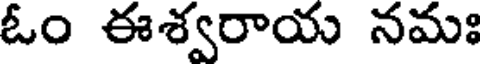
ఓం ఈశ్వరాయ నమః